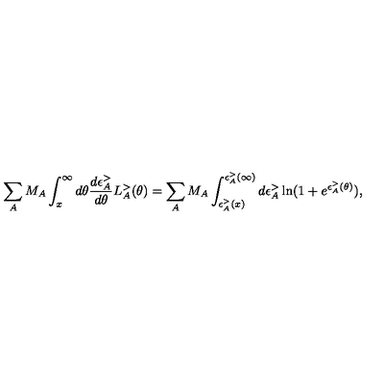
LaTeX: \sum _ { A } M _ { A } \int _ { x } ^ { \infty } d \theta \frac { d \epsilon _ { A } ^ { > } } { d \theta } L _ { A } ^ { > } ( \theta ) = \sum _ { A } M _ { A } \int _ { \epsilon _ { A } ^ { > } ( x ) } ^ { \epsilon _ { A } ^ { > } ( \infty ) } d \epsilon _ { A } ^ { > } \ln ( 1 + e ^ { \epsilon _ { A } ^ { > } ( \theta ) } ) ,